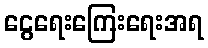
ငွေရေးကြေးရေးအရ